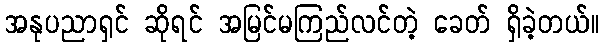
အနုပညာရှင် ဆိုရင် အမြင်မကြည်လင်တဲ့ ခေတ် ရှိခဲ့တယ်။